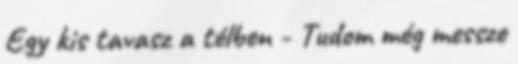
Egy kis tavasz a télben - Tudom még messze